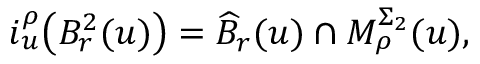
i _ { u } ^ { \rho } \big ( { B } _ { r } ^ { 2 } ( u ) \big ) = \widehat { B } _ { r } ( u ) \cap M _ { \rho } ^ { \Sigma _ { 2 } } ( u ) ,